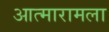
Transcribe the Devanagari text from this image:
आत्मारामला